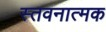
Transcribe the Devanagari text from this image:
स्तवनात्मक